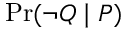
\operatorname* { P r } ( \lnot Q \mid P )